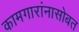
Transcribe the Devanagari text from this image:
कामगारांनासोबत